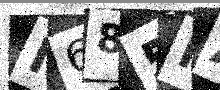
Text: N685MA